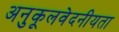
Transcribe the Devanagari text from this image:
अनुकूलवेदनीयता